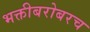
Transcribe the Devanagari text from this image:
भक्तीबरोबरच